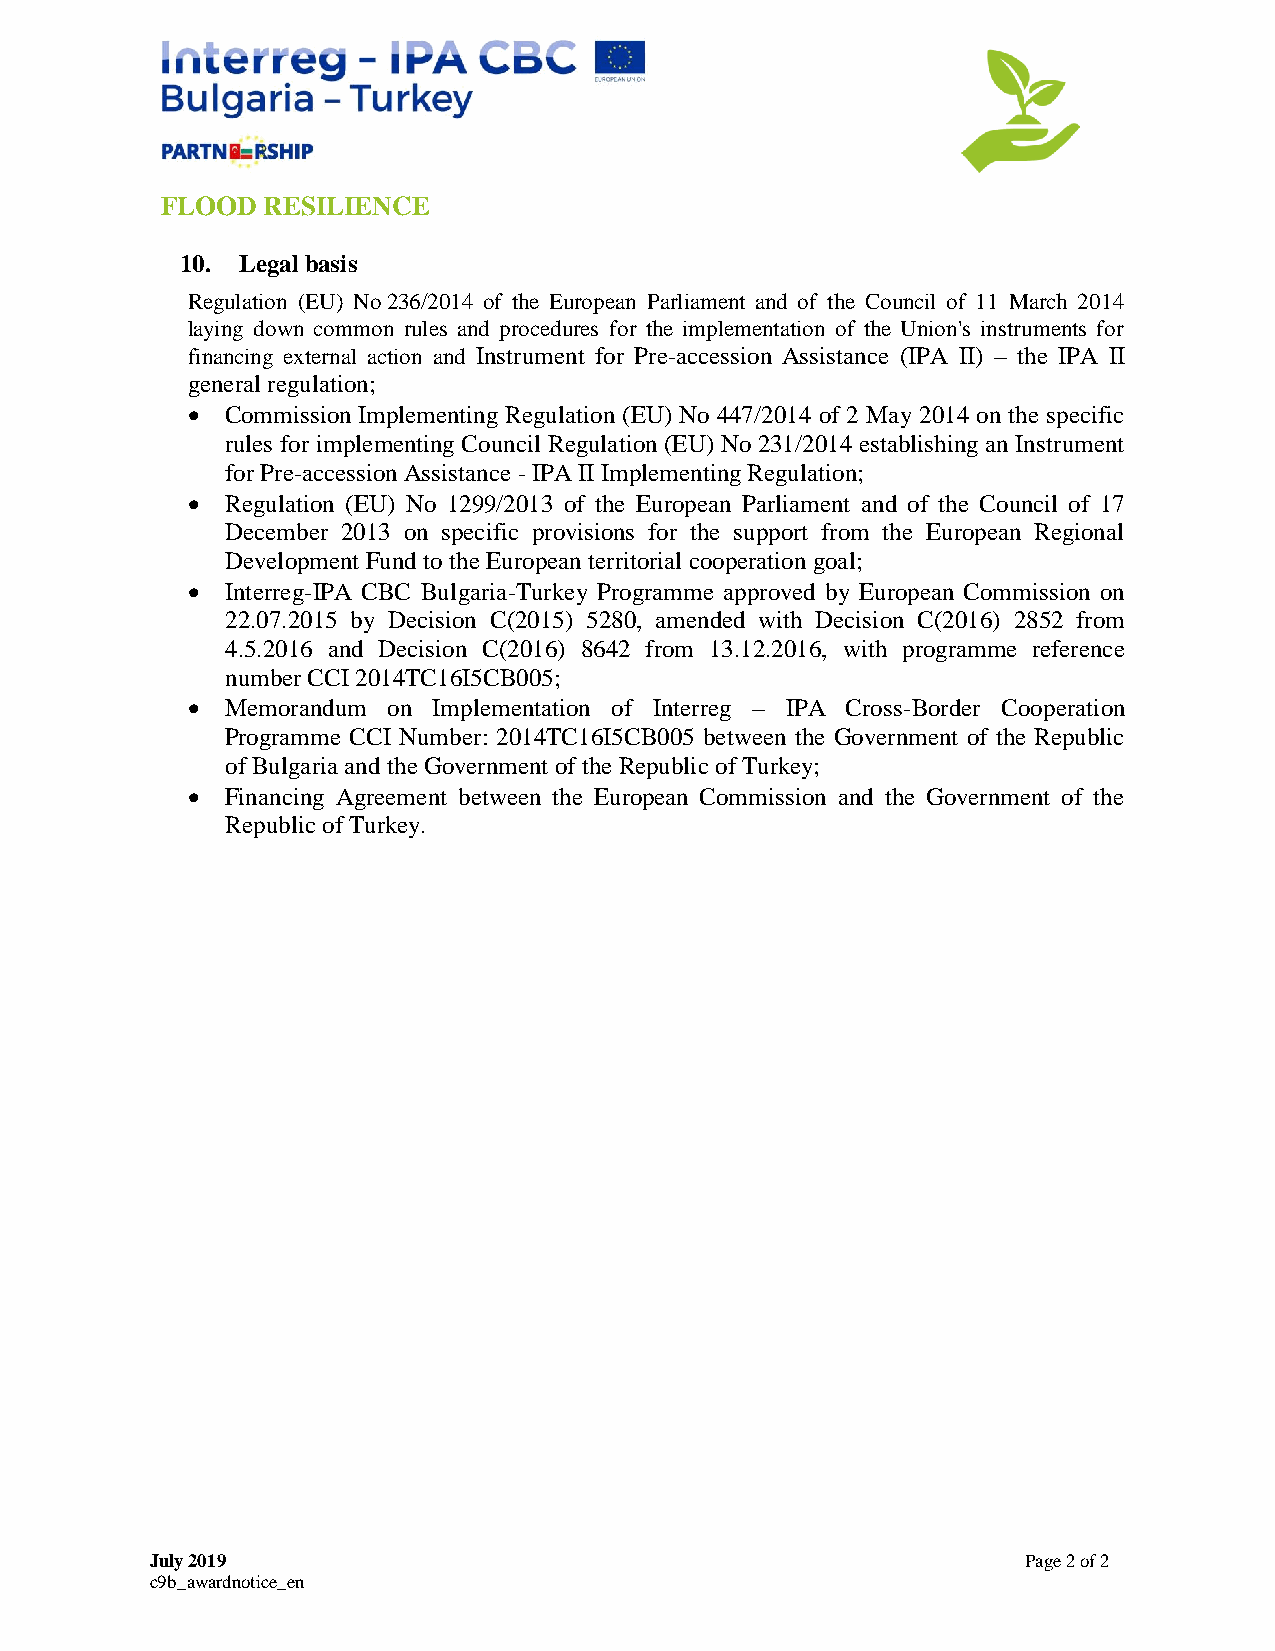
FLOOD RESILIENCE
 10. Legal basis
 Regulation (EU) No 236/2014 of the European Parliament and of the Council of 11 March 2014
 laying down common rules and procedures for the implementation of the Union's instruments for
 financing external action and Instrument for Pre-accession Assistance (IPA II) – the IPA II
 general regulation;
   Commission Implementing Regulation (EU) No 447/2014 of 2 May 2014 on the specific
 rules for implementing Council Regulation (EU) No 231/2014 establishing an Instrument
 for Pre-accession Assistance - IPA II Implementing Regulation;
   Regulation (EU) No 1299/2013 of the European Parliament and of the Council of 17
 December 2013 on specific provisions for the support from the European Regional
 Development Fund to the European territorial cooperation goal;
   Interreg-IPA CBC Bulgaria-Turkey Programme approved by European Commission on
 22.07.2015 by Decision C(2015) 5280, amended with Decision C(2016) 2852 from
 4.5.2016 and Decision C(2016) 8642 from 13.12.2016, with programme reference
 number CCI 2014TC16I5CB005;
   Memorandum on Implementation of Interreg – IPA Cross-Border Cooperation
 Programme CCI Number: 2014TC16I5CB005 between the Government of the Republic
 of Bulgaria and the Government of the Republic of Turkey;
   Financing Agreement between the European Commission and the Government of the
 Republic of Turkey.
 July 2019                                                 Page 2 of 2
 c9b_awardnotice_en